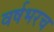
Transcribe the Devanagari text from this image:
वर्षभरच